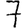
Digit: 7